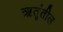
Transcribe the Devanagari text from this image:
ऋतूंतील